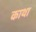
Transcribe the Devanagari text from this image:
काथा